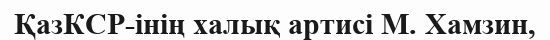
ҚазКСР-інің халық артисі М. Хамзин,